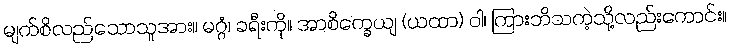
မျက်စိလည်သောသူအား။ မဂ္ဂံ၊ ခရီးကို။ အာစိက္ခေယျ (ယထာ) ဝါ၊ ကြားဘိသကဲ့သို့လည်းကောင်း။